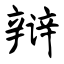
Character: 辩